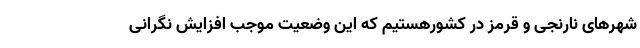
شهرهای نارنجی و قرمز در کشورهستیم که این وضعیت موجب افزایش نگرانی